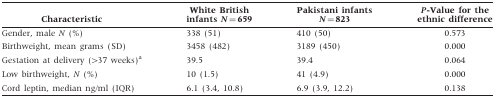
<table><thead><tr><td><b>Characteristic</b></td><td><b>White British infants <i>N</i> = 659</b></td><td><b>Pakistani infants <i>N</i> = 823</b></td><td><b><i>P</i>-Value for the ethnic difference</b></td></tr></thead><tbody><tr><td>Gender, male <i>N</i> (%)</td><td>338 (51)</td><td>410 (50)</td><td>0.573</td></tr><tr><td>Birthweight, mean grams (SD)</td><td>3458 (482)</td><td>3189 (450)</td><td>0.000</td></tr><tr><td>Gestation at delivery (<underline>&gt;</underline>37 weeks)<sup>a</sup></td><td>39.5</td><td>39.4</td><td>0.064</td></tr><tr><td>Low birthweight, <i>N</i> (%)</td><td>10 (1.5)</td><td>41 (4.9)</td><td>0.000</td></tr><tr><td>Cord leptin, median ng/ml (IQR)</td><td>6.1 (3.4, 10.8)</td><td>6.9 (3.9, 12.2)</td><td>0.138</td></tr></tbody></table>